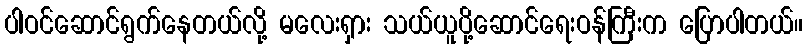
ပါဝင်ဆောင်ရွက်နေတယ်လို့ မလေးရှား သယ်ယူပို့ဆောင်ရေးဝန်ကြီးက ပြောပါတယ်။